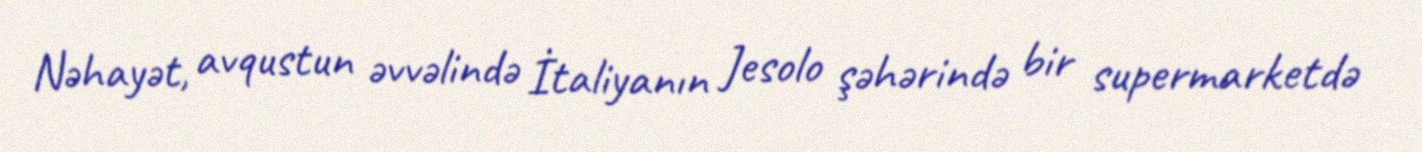
Nəhayət, avqustun əvvəlində İtaliyanın Jesolo şəhərində bir supermarketdə